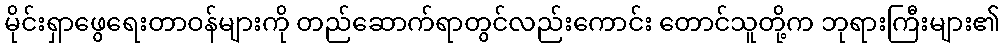
မိုင်းရှာဖွေရေးတာဝန်များကို တည်ဆောက်ရာတွင်လည်းကောင်း တောင်သူတို့က ဘုရားကြီးများ၏